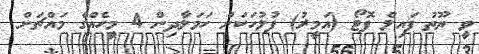
ވީ ޔޫތު ފައިލް ފޮޓޯ (އަމީރު) ފުލުހަކަށް ހަމަލާދިން 4 މީހެއްގެ މައްޗަށް